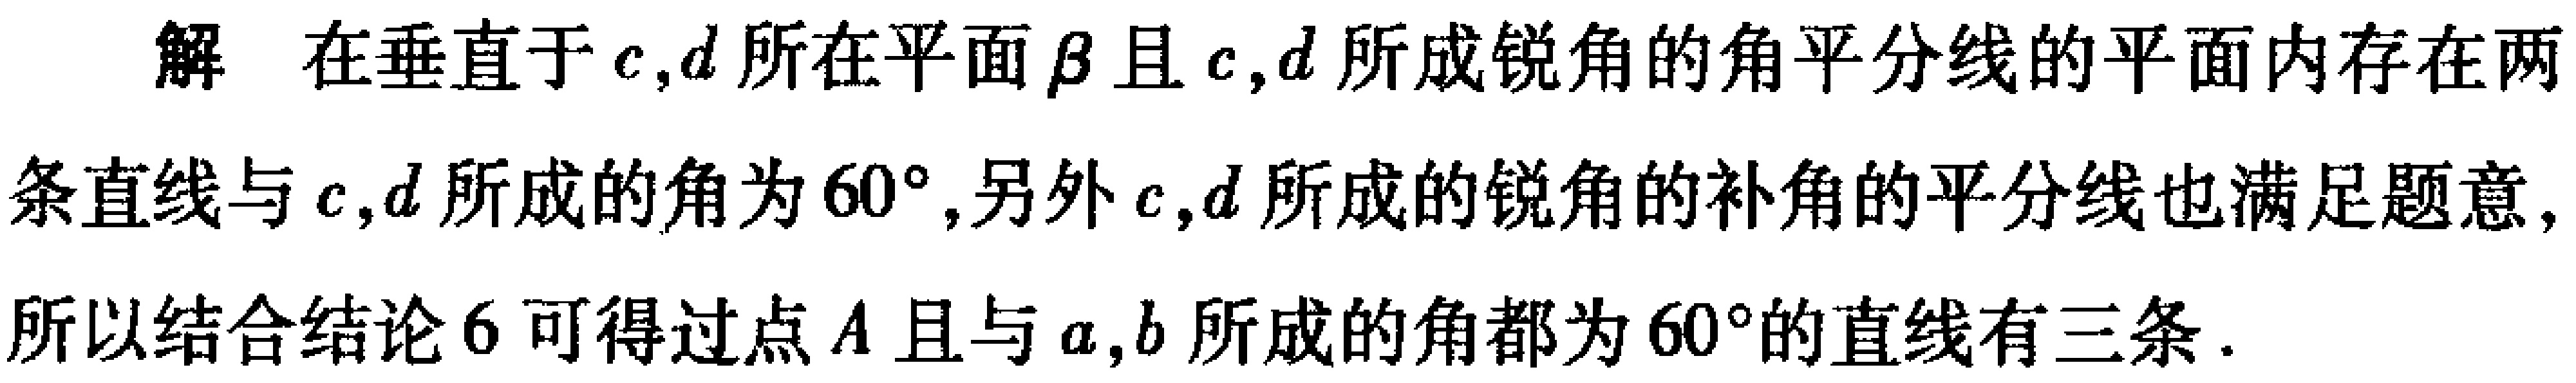
解 在垂直于\(c,d\)所在平面\(\beta\)且\(c,d\)所成锐角的角平分线的平面内存在两条直线与\(c,d\)所成的角为\(60^{\circ}\),另外\(c,d\)所成的锐角的补角的平分线也满足题意,所以结合结论\(6\)可得过点\(A\)且与\(a,b\)所成的角都为\(60^{\circ}\)的直线有三条.